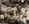
ليس